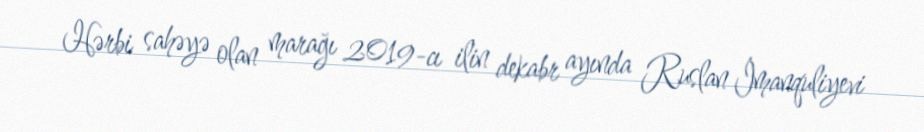
Hərbi sahəyə olan marağı 2019-cı ilin dekabr ayında Ruslan İmanquliyevi